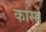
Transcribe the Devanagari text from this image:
कार्सो